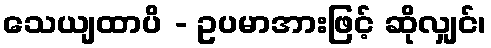
သေယျထာပိ - ဥပမာအားဖြင့် ဆိုလျှင်၊